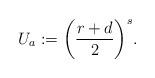
LaTeX: \begin{align*}U_a := \bigg(\frac{r+d}{2}\bigg)^s.\end{align*}